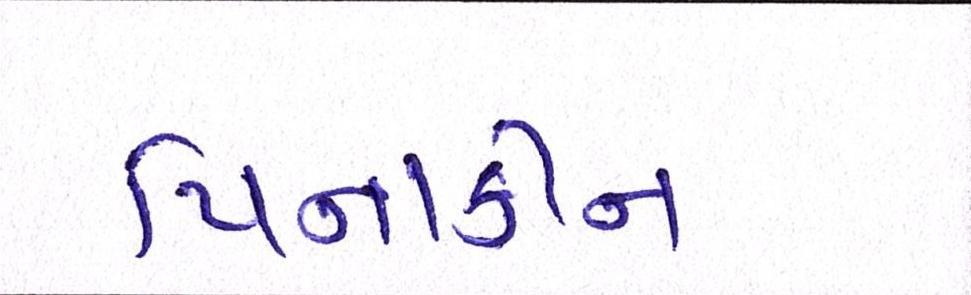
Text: પિનાકીન